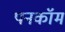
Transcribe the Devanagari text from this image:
पनकॉम